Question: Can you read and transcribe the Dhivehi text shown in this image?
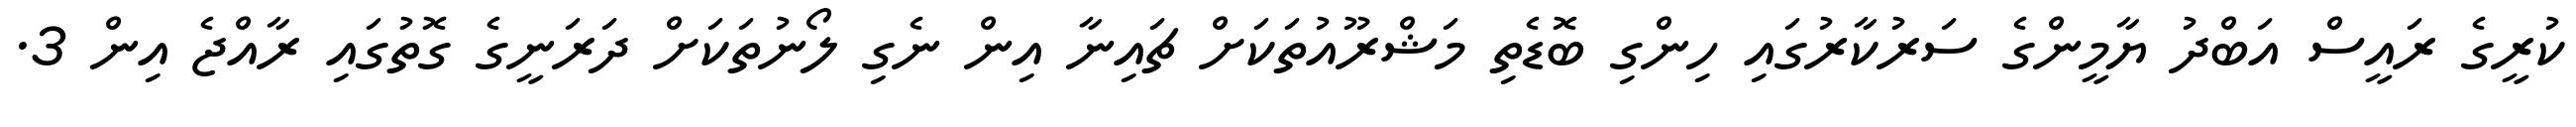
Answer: ކުރީގެ ރައީސް އަބްދު ޔާމީންގެ ސަރުކާރުގައި ހިންގި ބޮޑެތި މަޝްރޫއުތަކަށް ޗައިނާ އިން ނެގި ލޯނުތަކަށް ދަރަނީގެ ގޮތުގައި ރާއްޖެ އިން 3.